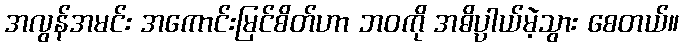
အလွန်အမင်း အကောင်းမြင်စိတ်ဟာ ဘဝကို အဓိပ္ပာယ်မဲ့သွား စေတယ်။